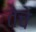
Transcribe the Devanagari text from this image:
तेचे